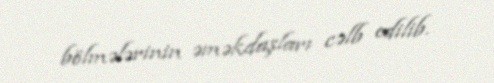
bölmələrinin əməkdaşları cəlb edilib.